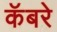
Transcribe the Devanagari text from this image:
कॅबरे